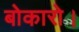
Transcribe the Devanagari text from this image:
बोकारो।